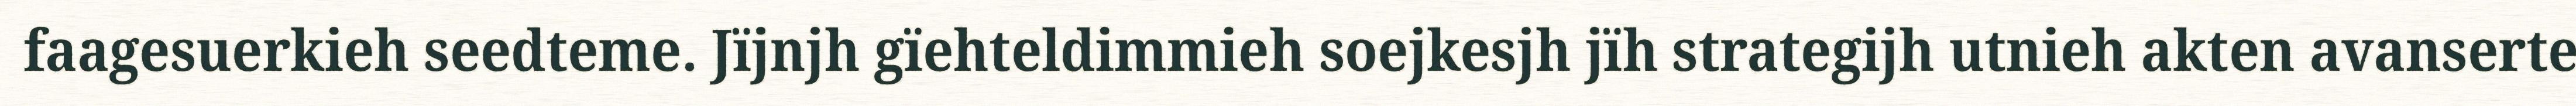
faagesuerkieh seedteme. Jïjnjh gïehteldimmieh soejkesjh jïh strategijh utnieh akten avanserte